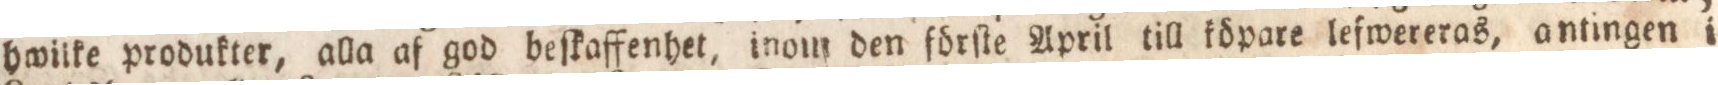
hwilke produkter, alla af god beſkaffenhet, inom den förſte April till töpare lefwereras, antingen i